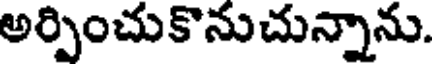
అర్పించుకొనుచున్నాను.